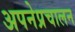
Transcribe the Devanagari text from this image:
अपनेप्रचालन